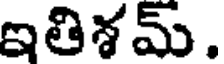
ఇతిశమ్.